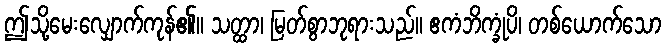
ဤသို့မေးလျှောက်ကုန်၏။ သတ္ထာ၊ မြတ်စွာဘုရားသည်။ ဧကံဘိက္ခုံပိ၊ တစ်ယောက်သော